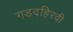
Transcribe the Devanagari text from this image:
गडदहिरवी